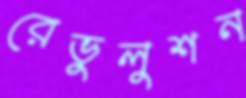
রেভুলুশন